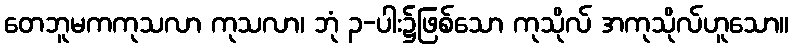
တေဘူမကကုသလာ ကုသလာ၊ ဘုံ ၃-ပါး၌ဖြစ်သော ကုသိုလ် အကုသိုလ်ဟူသော။